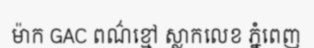
ម៉ាក GAC ពណ៌ខ្មៅ ស្លាកលេខ ភ្នំពេញ